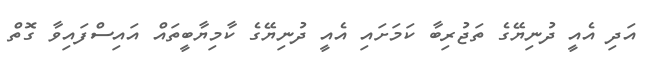
އަދި އެއީ ދުނިޔޭގެ ތަޖުރިބާ ކަމަށައި އެއީ ދުނިޔޭގެ ކާމިޔާބީތައް އައިސްފައިވާ ގޮތް